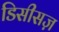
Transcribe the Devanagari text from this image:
डिसीसज़